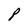
Character: P